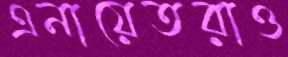
এনায়েতরাও